Document type: Acquittance
Year: 1296
Scribe: Jaume de Malví
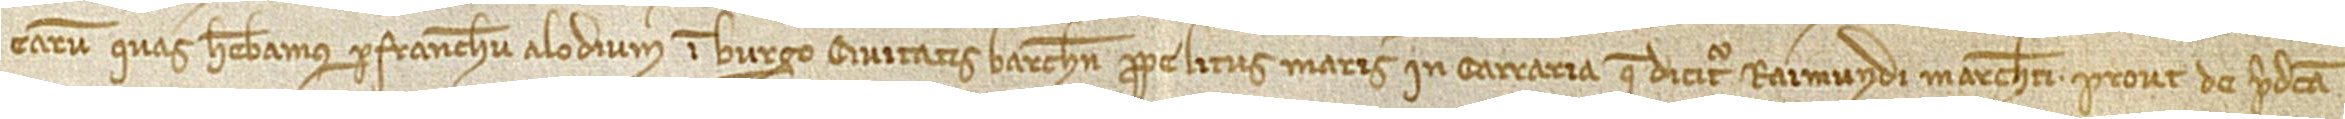
earum, quas habebamus per franchum alodium in burgo civitatis Barchinone, prope litus maris, in carraria que dicitur Raimundi Marcheti, prout de predicta